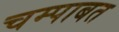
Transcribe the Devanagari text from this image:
चम्पाबत